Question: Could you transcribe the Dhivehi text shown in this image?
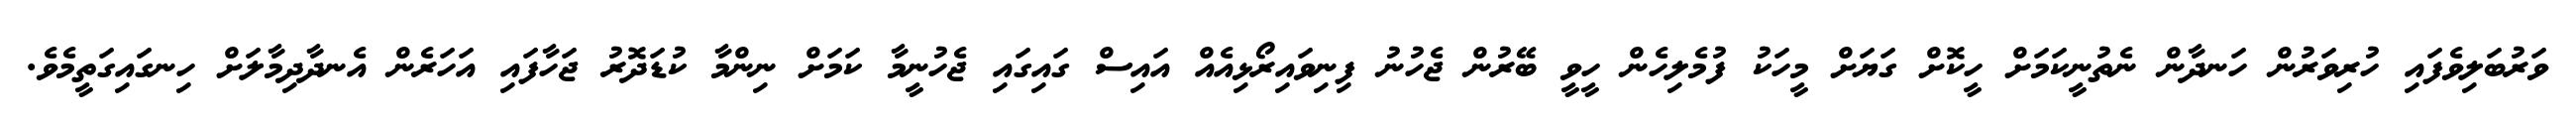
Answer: ވަރުބަލިވެފައި ހުރިވަރުން ހަނދާން ނެތުނީކަމަށް ހީކޮށް ގަޔަށް މީހަކު ފުމެލިހެން ހީވީ ބޭރުން ޖެހުނު ފިނިވައިރޯޅިއެއް އައިސް ގައިގައި ޖެހުނީމާ ކަމަށް ނިންމާ ކުޑަދޮރު ޖަހާފައި އަހަރެން އެނދާދިމާލަށް ހިނގައިގަތީމެވެ.